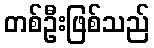
တစ်ဦးဖြစ်သည်